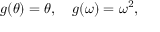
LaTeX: g ( \theta ) = \theta , \quad g ( \omega ) = \omega ^ { 2 } ,